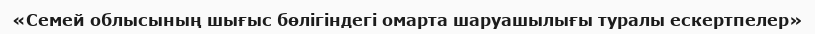
«Семей облысының шығыс бөлігіндегі омарта шаруашылығы туралы ескертпелер»